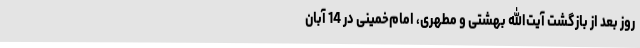
روز بعد از بازگشت‌ آیت‌الله بهشتی‌ و مطهری‌، امام‌خمینی‌ در 14 آبان‌